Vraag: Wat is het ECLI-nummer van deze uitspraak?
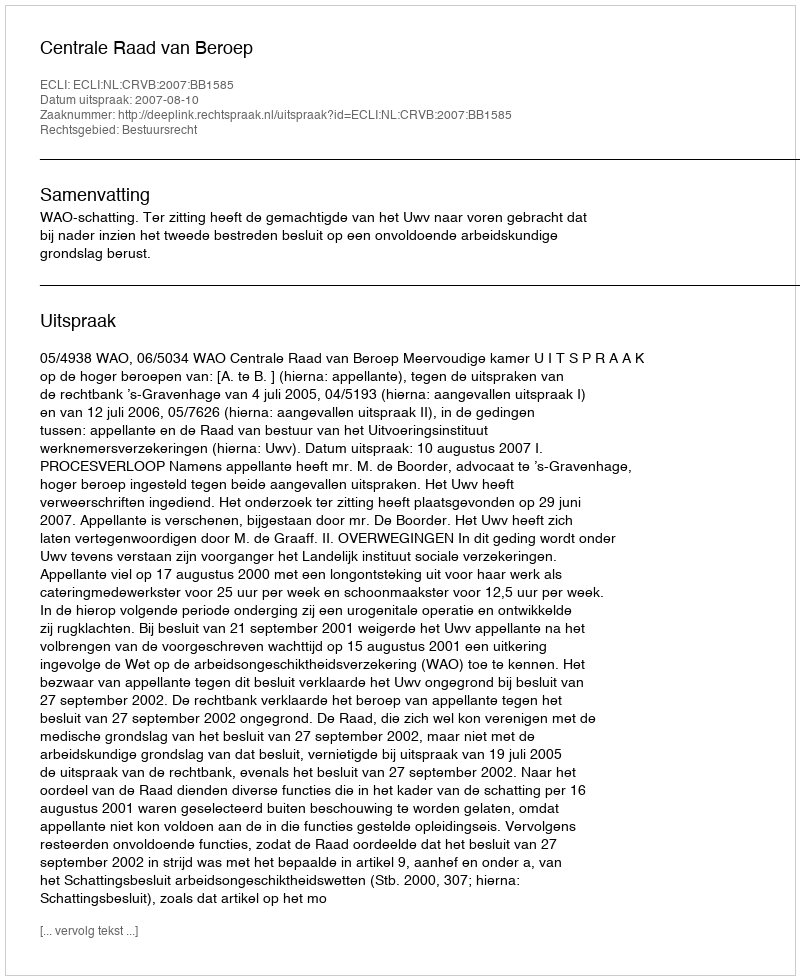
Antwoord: ECLI:NL:CRVB:2007:BB1585